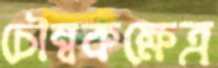
চৌম্বকক্ষেত্র